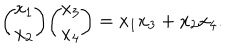
LaTeX: { \binom { x _ { 1 } } { x _ { 2 } } } { \binom { x _ { 3 } } { x _ { 4 } } } = x _ { 1 } x _ { 3 } + x _ { 2 } x _ { 4 } .